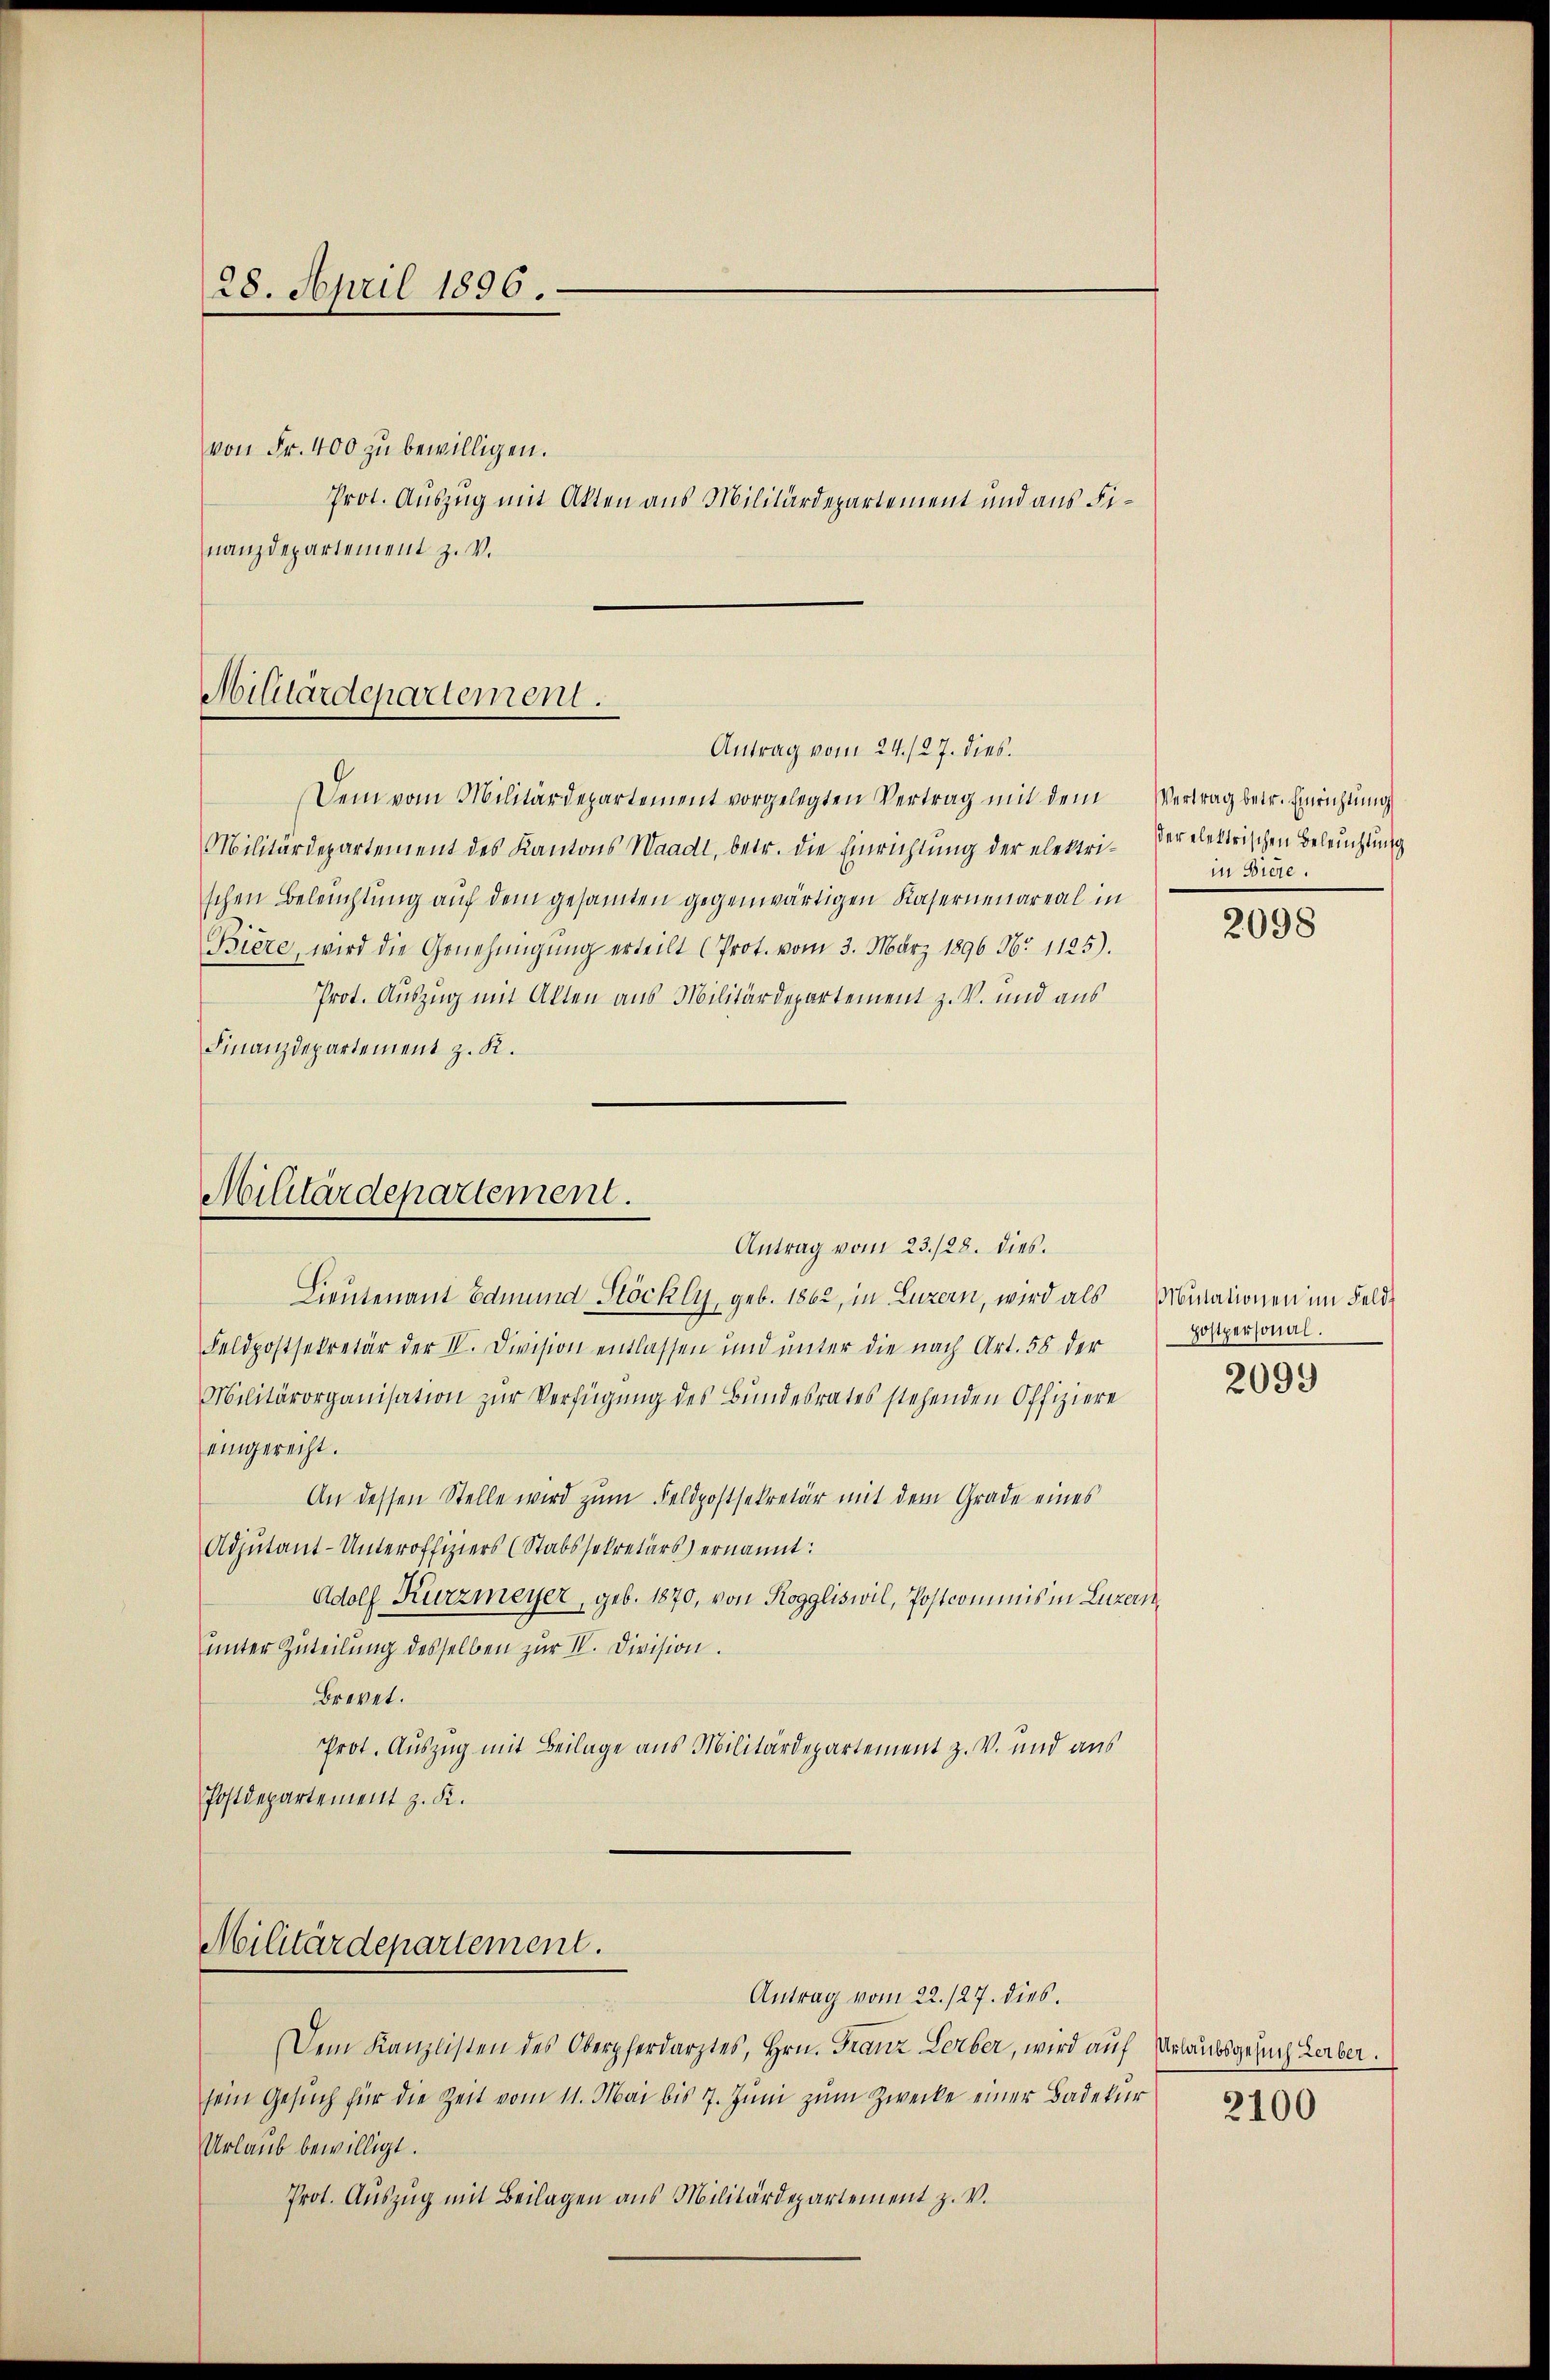
28. April 1896.

von Fr. 400 zu bewilligen.
nanzdepartement z. v.

Militärdepartement.
Antrag vom 24./27. dies.

Dem vom Militärdepartement vorgelegten Vertrag mit dem
Militärdepartement des Kantons Waadt, betr. die Einrichtung der elektri-
schen Beleuchtung auf dem gesamten gegenwärtigen Kasernenareal in
Bière, wird die Genehmigŭng erteilt (Prot. vom 3. März 1896 9br 1125).
Prot. Auszug mit Alten aus Militärdepartement z. B. und aus
Finanzdepartement z. R.

Militärdepartement.
Antrag vom 23./28. dies.

Lieutenant Edmund Stöckly, geb. 1862, in Luzern, wird als Minationen im Feld¬
Feldpostsekretär der IV. Division entlassen und unter die nach Art. 58 der
Militärorganisation zur Verfügung des Bundesrates stehenden Offiziere
eingerecht.
An dessen Stelle wird zum Feldpostsekretär mit dem Grade eines
Adjutant-Unteroffiziers (Stabssekretärs) ernannt:
Adolf Kurzmeyer, geb. 1870, von Roggliswil, Postcommis in Luzern
ŭnter Zuteilŭng desselben zŭr IV. Division.
Brevet.
Prot. Auszug mit Beilage aus Militärdepartement z. V. und aus
Postdepartement z. K.

Militärdepartement.

Prot. Auszug mit Akten aus Militärdepartement und aus Fi¬

Vertrag betr. Einrichtung
er elektrischen Beleuchtung
in Biere.

Antrag vom 22. 127. dies.
Dem Kanzlisten des Oberpferdarztes, Hrn. Franz Lerber, wird auf Urlaubsgesuch Leiber.
sein Gesŭch für die Zeit vom 11. Mai bis 7. Jŭni zŭm Zwecke einer Badekŭr
Urlaub bewilligt.
Prot. Auszug mit Beilagen aus Militärdepartement z. v.

2098

postpersonal.
2099